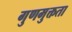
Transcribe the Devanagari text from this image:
गुणमुक्तता